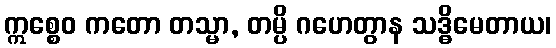
ဣစ္စေဝ ကတော တသ္မာ, တမ္ပိ ဂဟေတွာန သဒ္ဓိမေတာယ၊